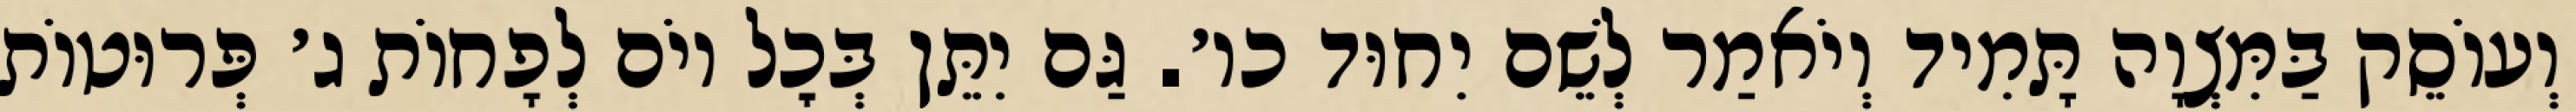
וְעוֹסֵק בַּמִּצְוָה תָּמִיד וְיֹאמַר לְשֵׁם יִחוּד כו׳. גַּם יִתֵּן בְּכׇל יוֹם לְפָחוֹת ג׳ פְּרוּטוֹת